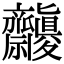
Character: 𪗓